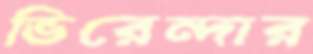
ভিরেন্দার